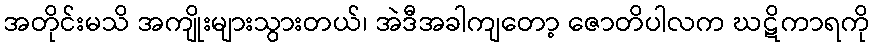
အတိုင်းမသိ အကျိုးများသွားတယ်၊ အဲဒီအခါကျတော့ ဇောတိပါလက ဃဋိကာရကို